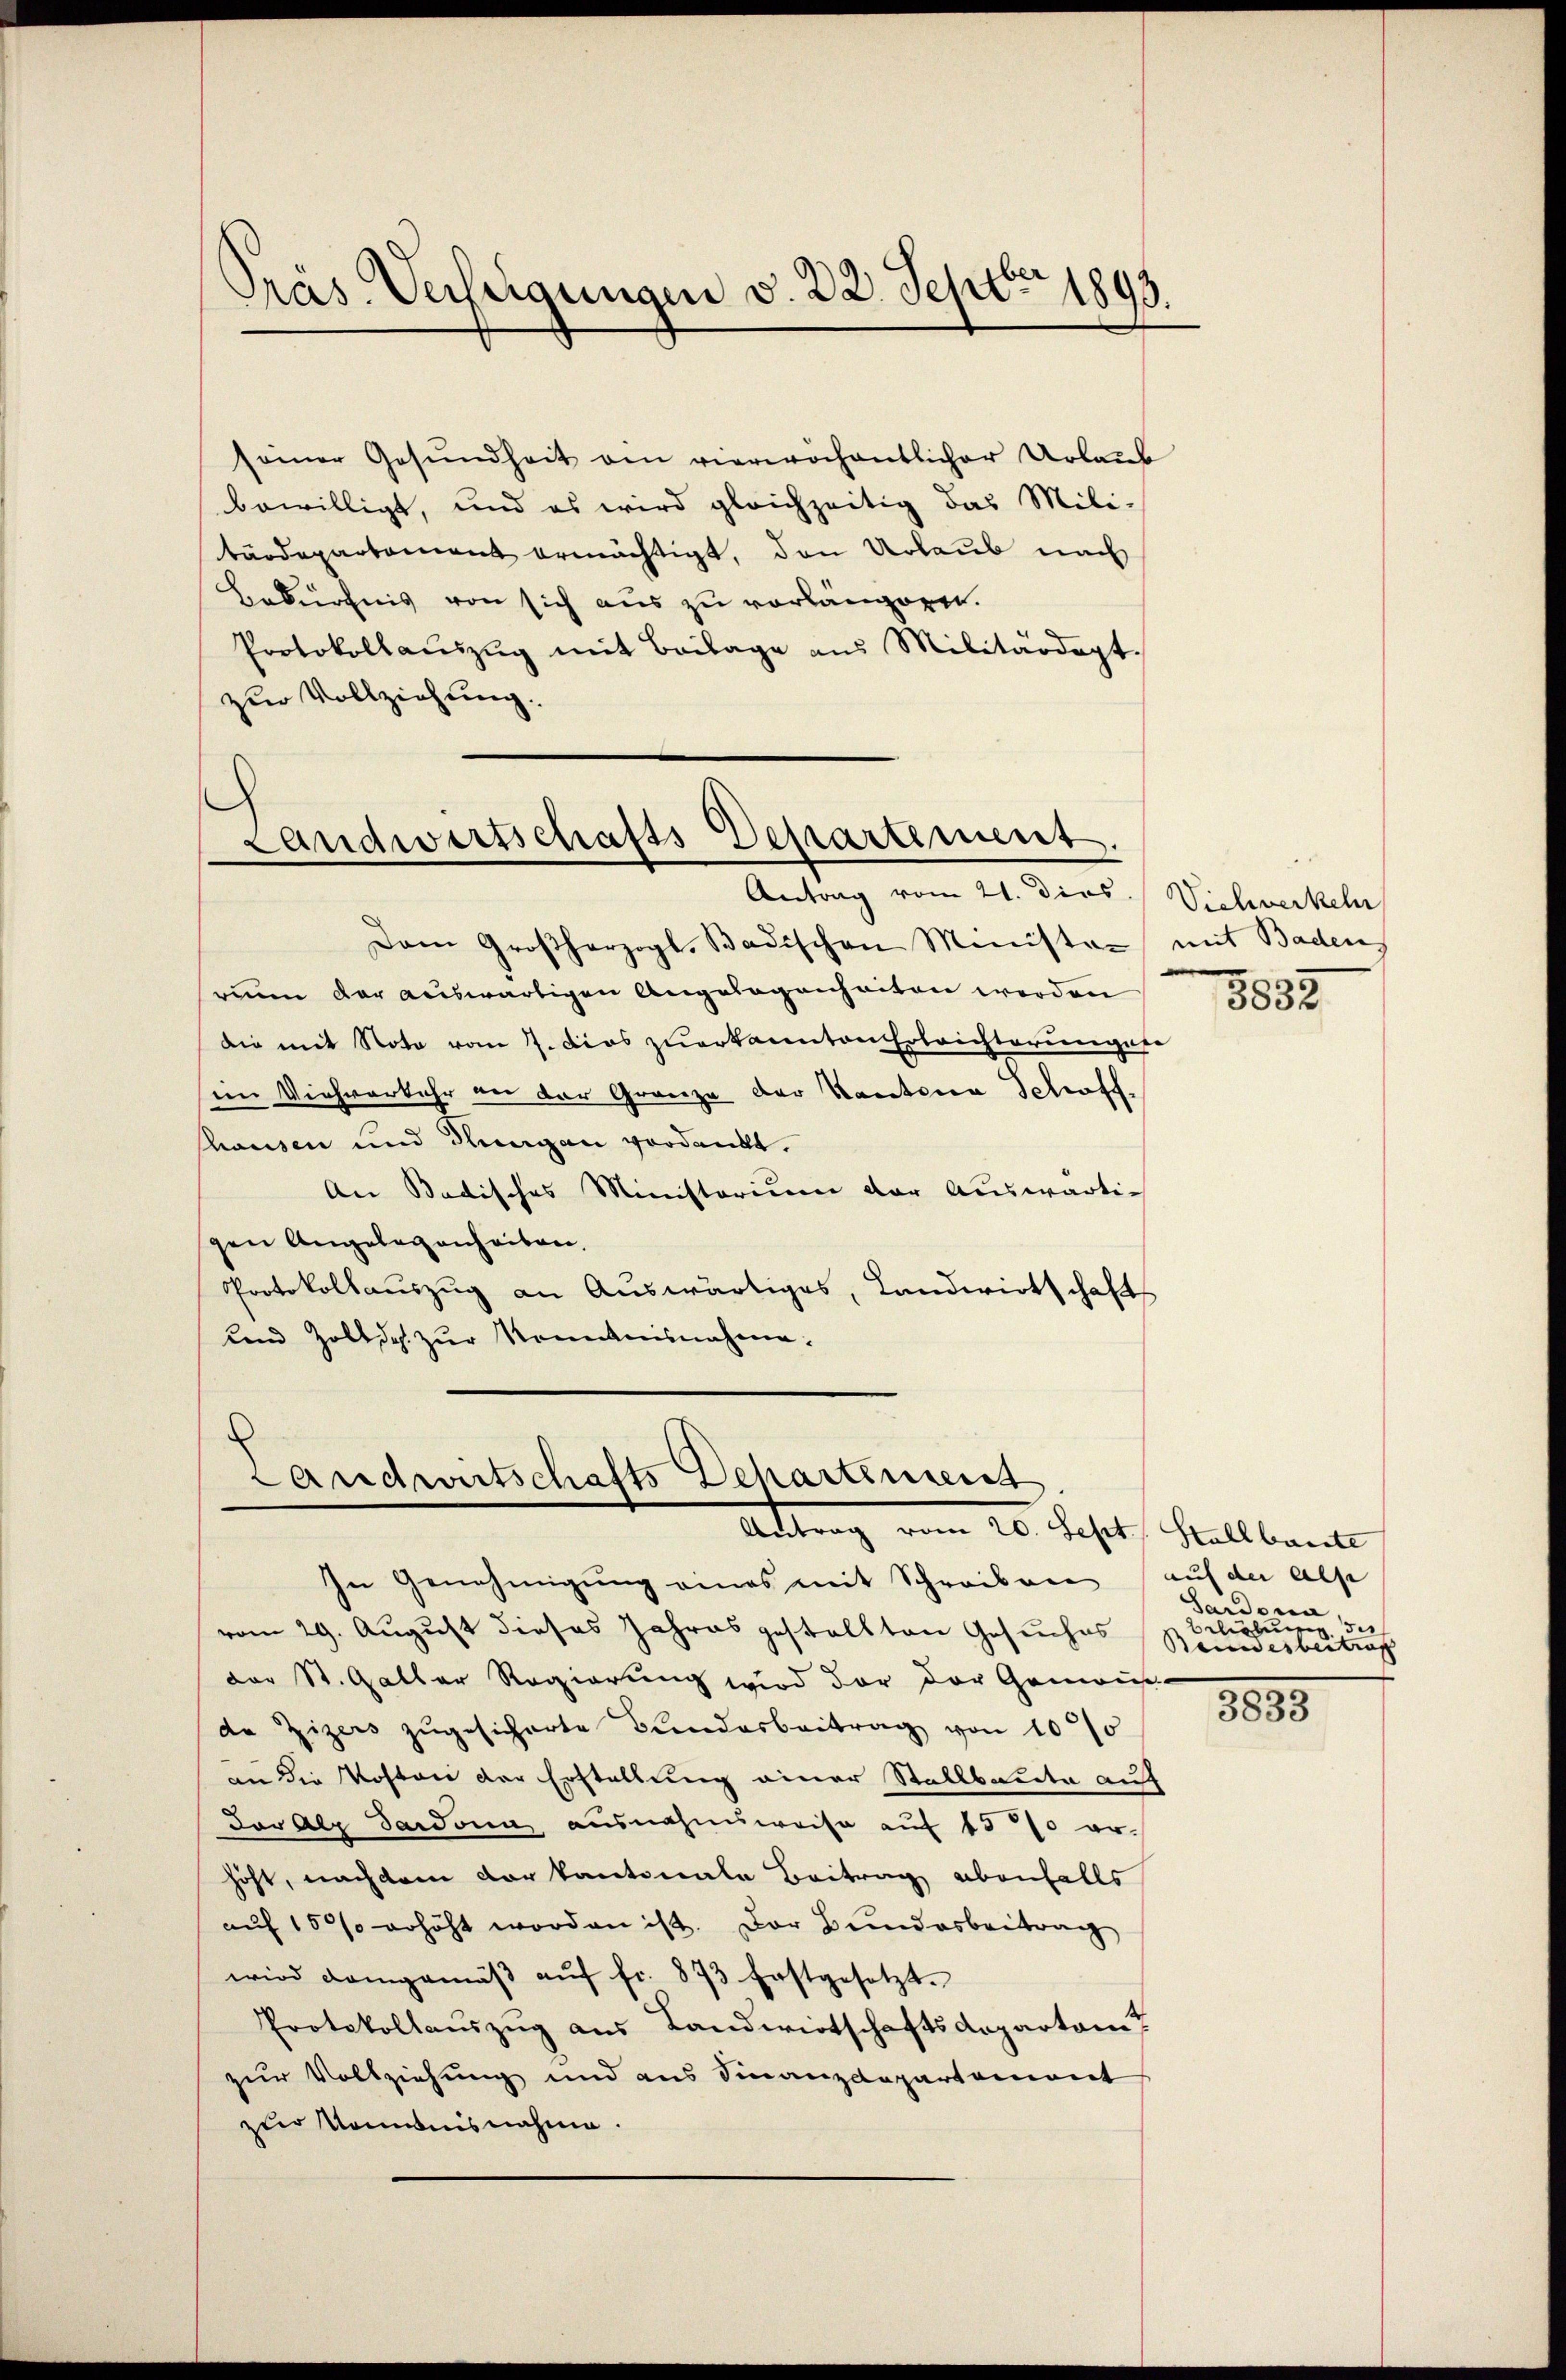
Präs. Verfügungen v. 22. Sept. 1893.

seiner Gesundheit am vierwöchentlicher Urlaub
bewilligt, und es wird gleichzeitig das Mili-
tärdepartement ermächtigt, den Urlaub nach
Bedürfnis von sich aus zu vorlängern.
Protokollauszug mit Beilage aus Militärdept.
zur Vollziehung.

Landwirtschafts-Departement.
Antrag vom 21. Dies. Viehverkeh

Dem Großherzogl. Badischen Minister mit Badens
rin der auswärtigen Angelegenheiten werden
die mit Note vom 7. dies zuerkannten Erleichterungen
im Viehverkehr an der Gränze der Kantona Schroff
hausen und Rungau verdankt.
An Badisches Ministorium der Auswärti-
gen Angelegenheiten,
Protokollauszug an Auswärtiges, Landwirtschaft
und Zoll des zur Kommnisnahme.

Landwirtschafts Departement
Attrag vom 26. Jahrt, Stellbrauch

vom 29. August dieses Jahres gestellten Gesuches
der St. Galler Regierung wird der der Gemeiße
de Zizers zugesicherte Bundesbeitrag von 1000
an die Kosten der Erstellung einer Stallbauete auf
der Alp Sardonn, ausnahmsweise auf 1500 erhöht, nachdem der kantonale Beitrag ebenfalls
aŭf 1500 erhöht worden ist. Der Bundesbeitrag
wird demgemäβ aŭf fr. 873 Erstgesetzt.
Protokollauszug aus Landwirtschaftsdepartamt
zur Vollziehung und aus Finanzdepartement
zur Konisnahme.

In Genehmigung eines mit Schreiben auf der als

e
3832

Sardina
belieber du
Beundesbeitrag

835